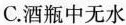
C. 酒瓶中无水